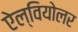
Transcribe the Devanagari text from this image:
ऐल्वियोलर